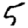
Digit: 5